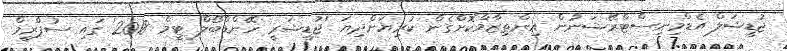
ޖުޑީޝަލް އެޑްމިނިސްޓްރޭޝަނުން އިންތިޒާމްކޮށްގެން ކުރިޔަށްދިޔަ 'ޖުޑީޝަރީ ހޭންޑްބޯލް ޓީމް 2018' ގައި ސުޕްރީމް